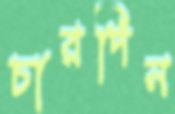
চারদিন